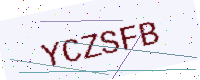
Text: YCZSFB